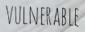
VULNERABLE